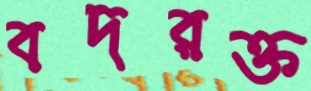
বদরক্ত